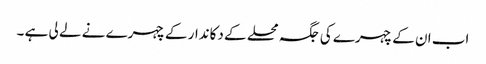
اب ان کے چہرے کی جگہ محلے کے دکاندار کے چہرے نے لے لی ہے ۔